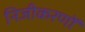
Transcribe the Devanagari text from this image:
निजीकरणों